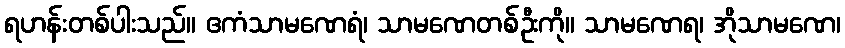
ရဟန်းတစ်ပါးသည်။ ဧကံသာမဏေရံ၊ သာမဏေတစ်ဦးကို။ သာမဏေရ၊ အိုသာမဏေ၊